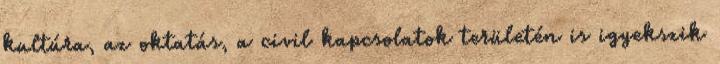
kultúra, az oktatás, a civil kapcsolatok területén is igyekszik